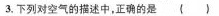
3.下列对空气的描述中，正确的是()